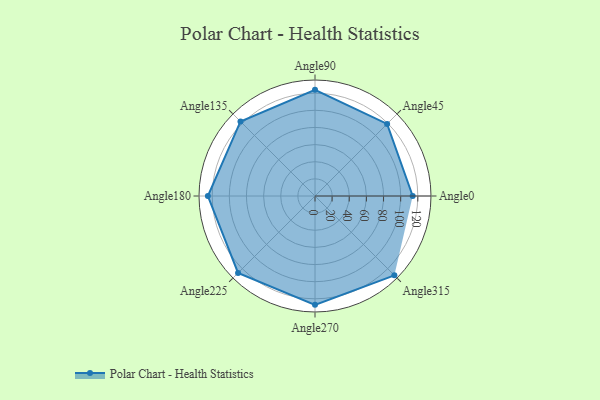
{"axis": {"x": "Angle", "y": "Radius"}, "legend": [""], "data": [{"x": "Angle0", "y": 114.0, "type": ""}, {"x": "Angle45", "y": 119.0, "type": ""}, {"x": "Angle90", "y": 124.0, "type": ""}, {"x": "Angle135", "y": 123.0, "type": ""}, {"x": "Angle180", "y": 125.0, "type": ""}, {"x": "Angle225", "y": 127.0, "type": ""}, {"x": "Angle270", "y": 127.0, "type": ""}, {"x": "Angle315", "y": 131.0, "type": ""}]}